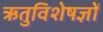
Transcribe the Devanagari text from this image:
ऋतुविशेषज्ञों